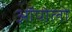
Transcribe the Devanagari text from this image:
ऑपोलो